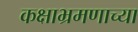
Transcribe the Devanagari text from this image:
कक्षाभ्रमणाच्या